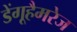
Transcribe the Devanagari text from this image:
डेंगूहैमरेज